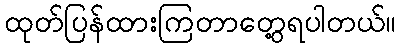
ထုတ်ပြန်ထားကြတာတွေ့ရပါတယ်။